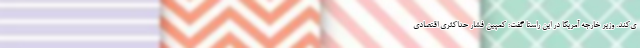
ی‌کند. وزیر خارجه آمریکا در این راستا گفت: کمپین فشار حداکثری اقتصادی